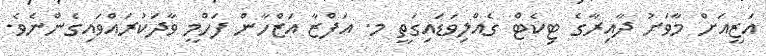
އަޒީއަށް މާވަށު ދާއިރާގެ ޓިކެޓް ގެއްލިވަޑައިގަތީ މ. އަފްޒާ އަޒްހާން ފަހްމީ ވާދަކުރައްވައިގެންނެވެ.